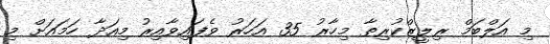
މި އަލްބަމް ރިލީޒްކުރިތާ މިހާރު 35 އަހަރު ވެފައިވާއިރު މިއަދާ ހަމައަށް މި